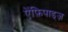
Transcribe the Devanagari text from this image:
ऐंफ़िपाड्ज़